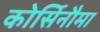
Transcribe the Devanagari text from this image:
कोर्सिनौमा